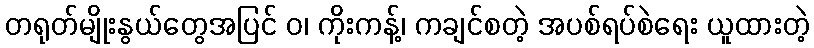
တရုတ်မျိုးနွယ်တွေအပြင် ဝ၊ ကိုးကန့်၊ ကချင်စတဲ့ အပစ်ရပ်စဲရေး ယူထားတဲ့